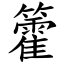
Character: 籗